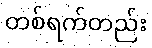
တစ်ရက်တည်း